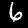
Label: 6